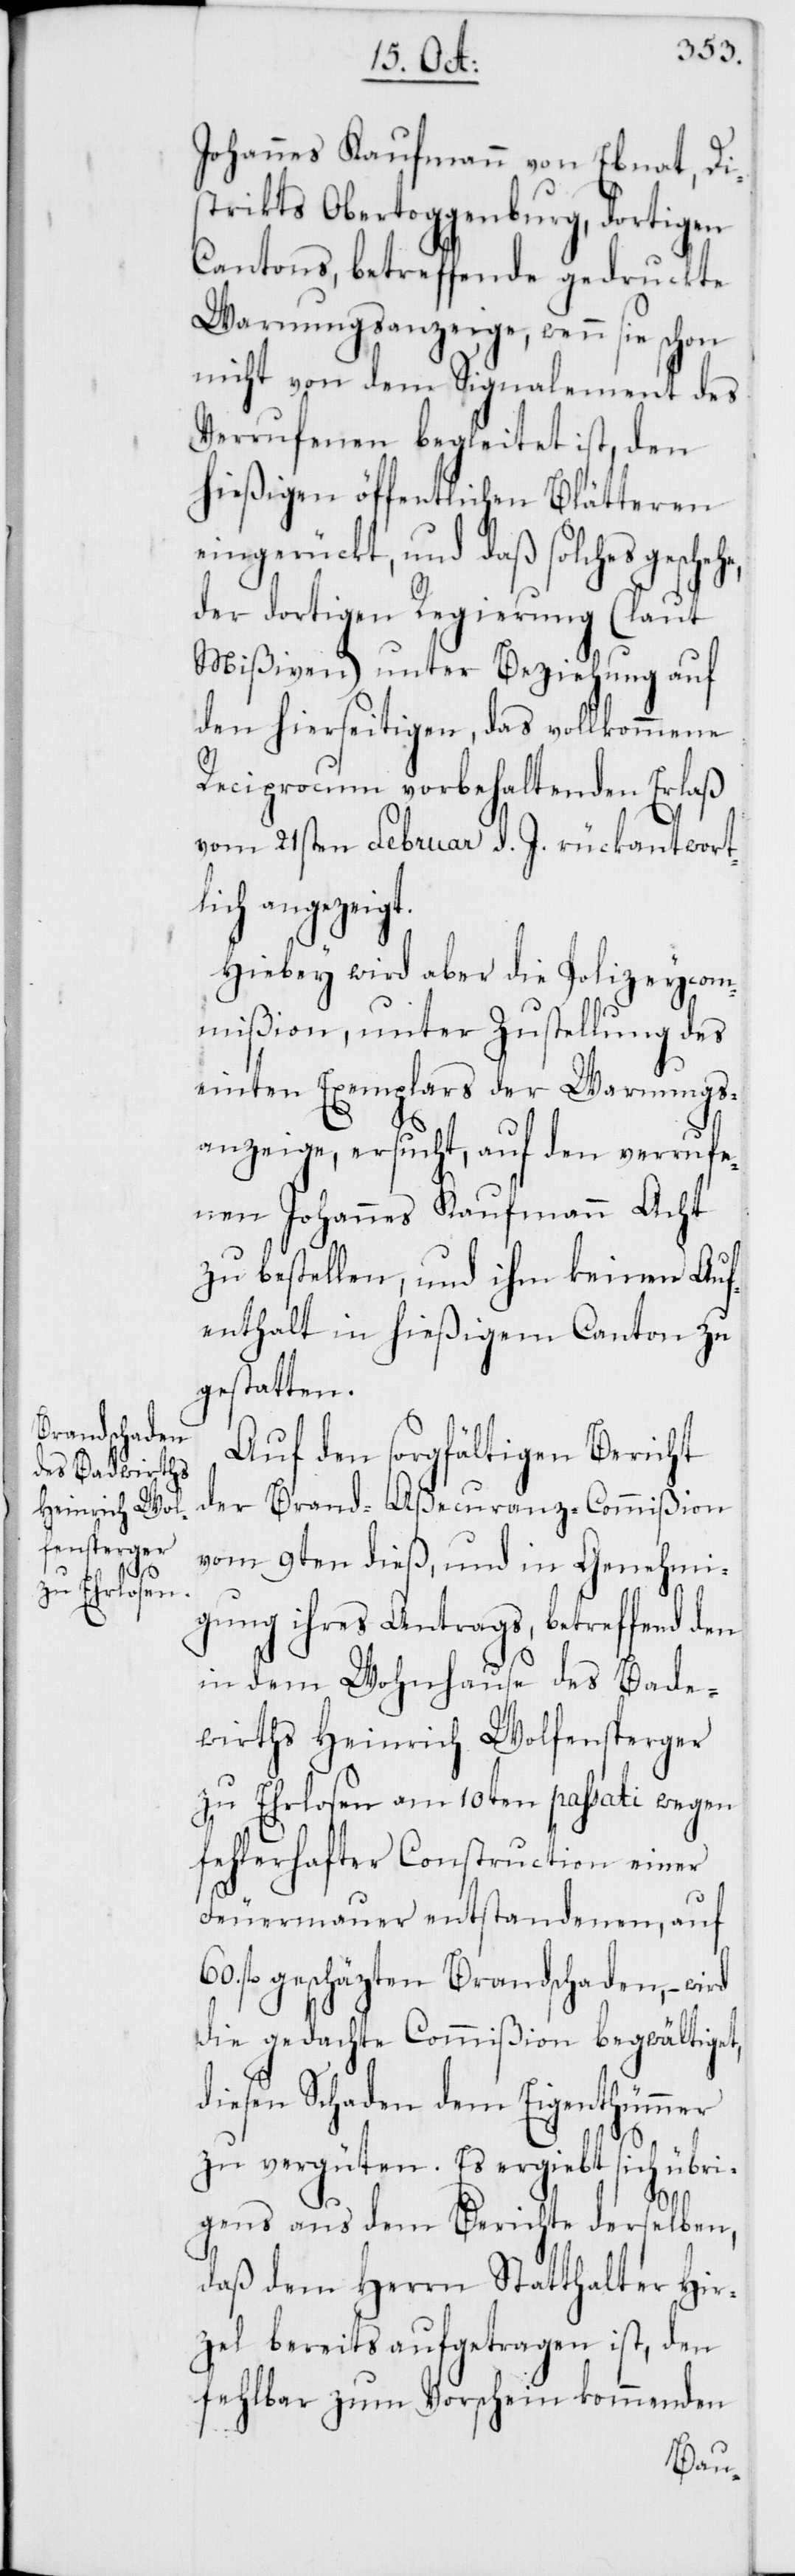
Johannes Kaufmann von Ebnat, Di¬
strikts Obertoggenburg, dortigen
Cantons, betreffende gedruckte
Warnungsanzeige, wenn sie schon
nicht von dem Signalement des
Verrufenen begleitet ist, den
hießigen öffentlichen Blätteren
eingerückt, und daß solches gesche¬
der dortigen Regierung (laut
Mißiven) unter Beziehung auf
den hierseitigen, das vollkommene
Reciprocum vorbehaltenden Erlaß
vom 21sten Februar d. J. rückantwort¬
lich angezeigt.
Hiebey wird aber die Polizeycom¬
mißion, unter Zustellung des
einten Exemplars der Warnungs¬
anzeige, ersucht, auf den verrufe¬
nen Johannes Kaufmann Acht
zu bestellen, und ihm keinen Auf¬
enthalt in hießigem Canton zu
gestatten.
Auf den sorgfältigen Bericht
der Brand-Aßecuranz-Commißion
vom 9ten dieß, und in Genehmi¬
gung ihres Antrags, betreffend den
in dem Wohnhause des Bade¬
wirths Heinrich Wolfensperger
zu Ehrlosen am 10ten passati wegen
fehlerhafter Construction einer
Feuermauer entstandenen, auf
fl. geschäzten Brandschaden, – wird
die gedachte Commißion begwältiget,
diesen Schaden dem Eigenthümmer
zu vergüten. Es ergiebt sich übri¬
he,
gens aus dem Berichte derselben,
daß dem Herrn Statthalter Hir¬
zel bereits aufgetragen ist, den
fehlbar zum Vorschein kommenden